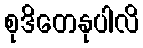
စုဒိတေနုပါလိ